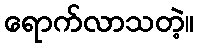
ရောက်လာသတဲ့။